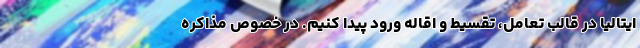
ایتالیا در قالب تعامل، تقسیط و اقاله ورود پیدا کنیم. در خصوص مذاکره